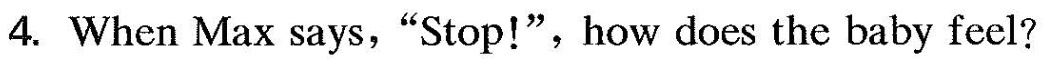
4.When Max says, "Stop!",how does the baby feel?